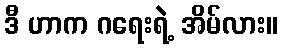
ဒီ ဟာက ဂရေးရဲ့ အိမ်လား။